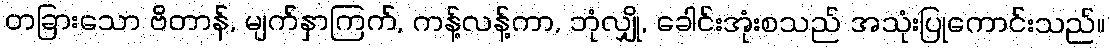
တခြားသော ဗိတာန်, မျက်နှာကြက်, ကန့်လန့်ကာ, ဘုံလျှို, ခေါင်းအုံးစသည် အသုံးပြုကောင်းသည်။